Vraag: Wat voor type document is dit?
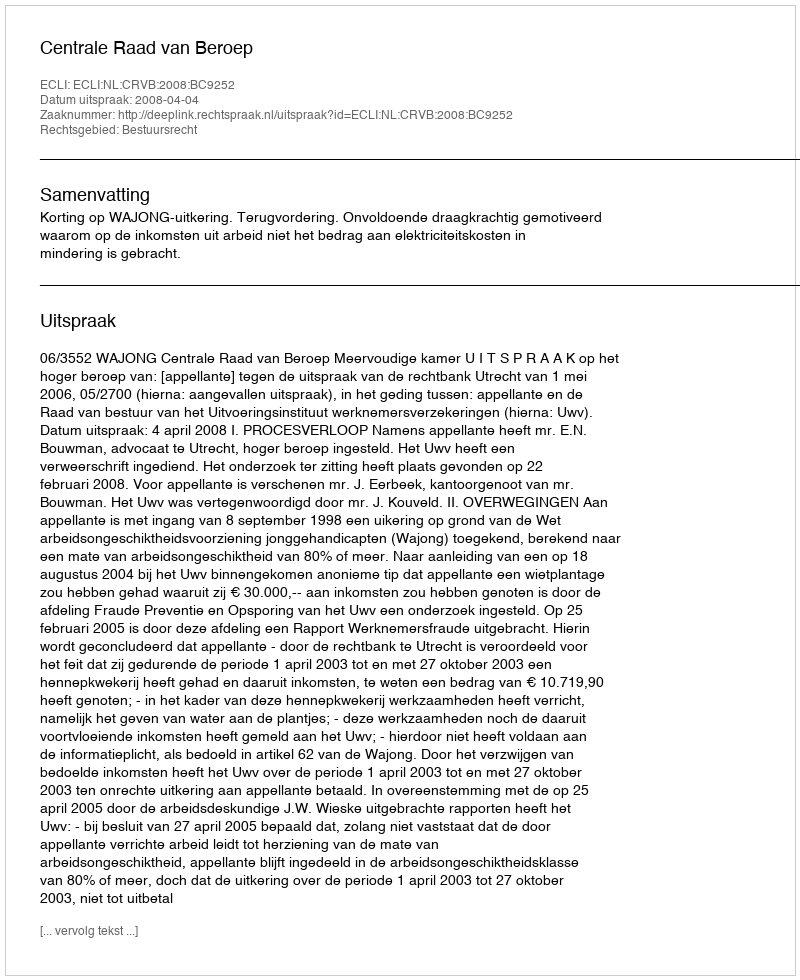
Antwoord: Uitspraak